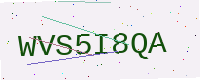
Text: WVS5I8QA